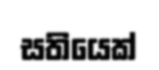
සතියෙක්